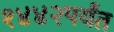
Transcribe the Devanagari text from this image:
१४४२पर्यंत